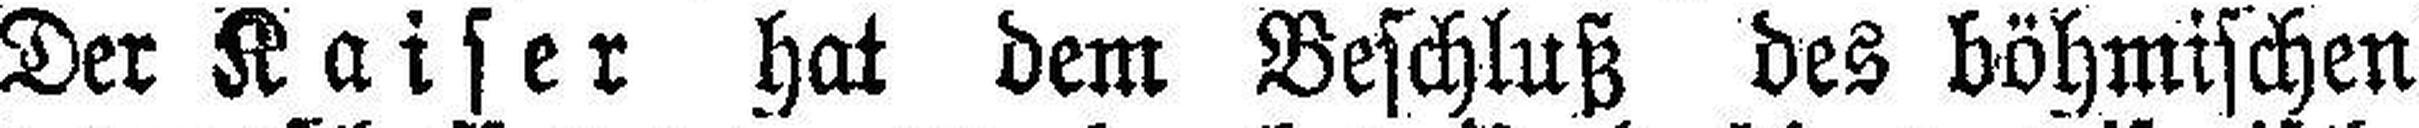
Der Kaiser hat dem Beschluß des böhmischen